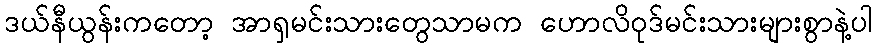
ဒယ်နီယွန်းကတော့ အာရှမင်းသားတွေသာမက ဟောလိဝုဒ်မင်းသားများစွာနဲ့ပါ